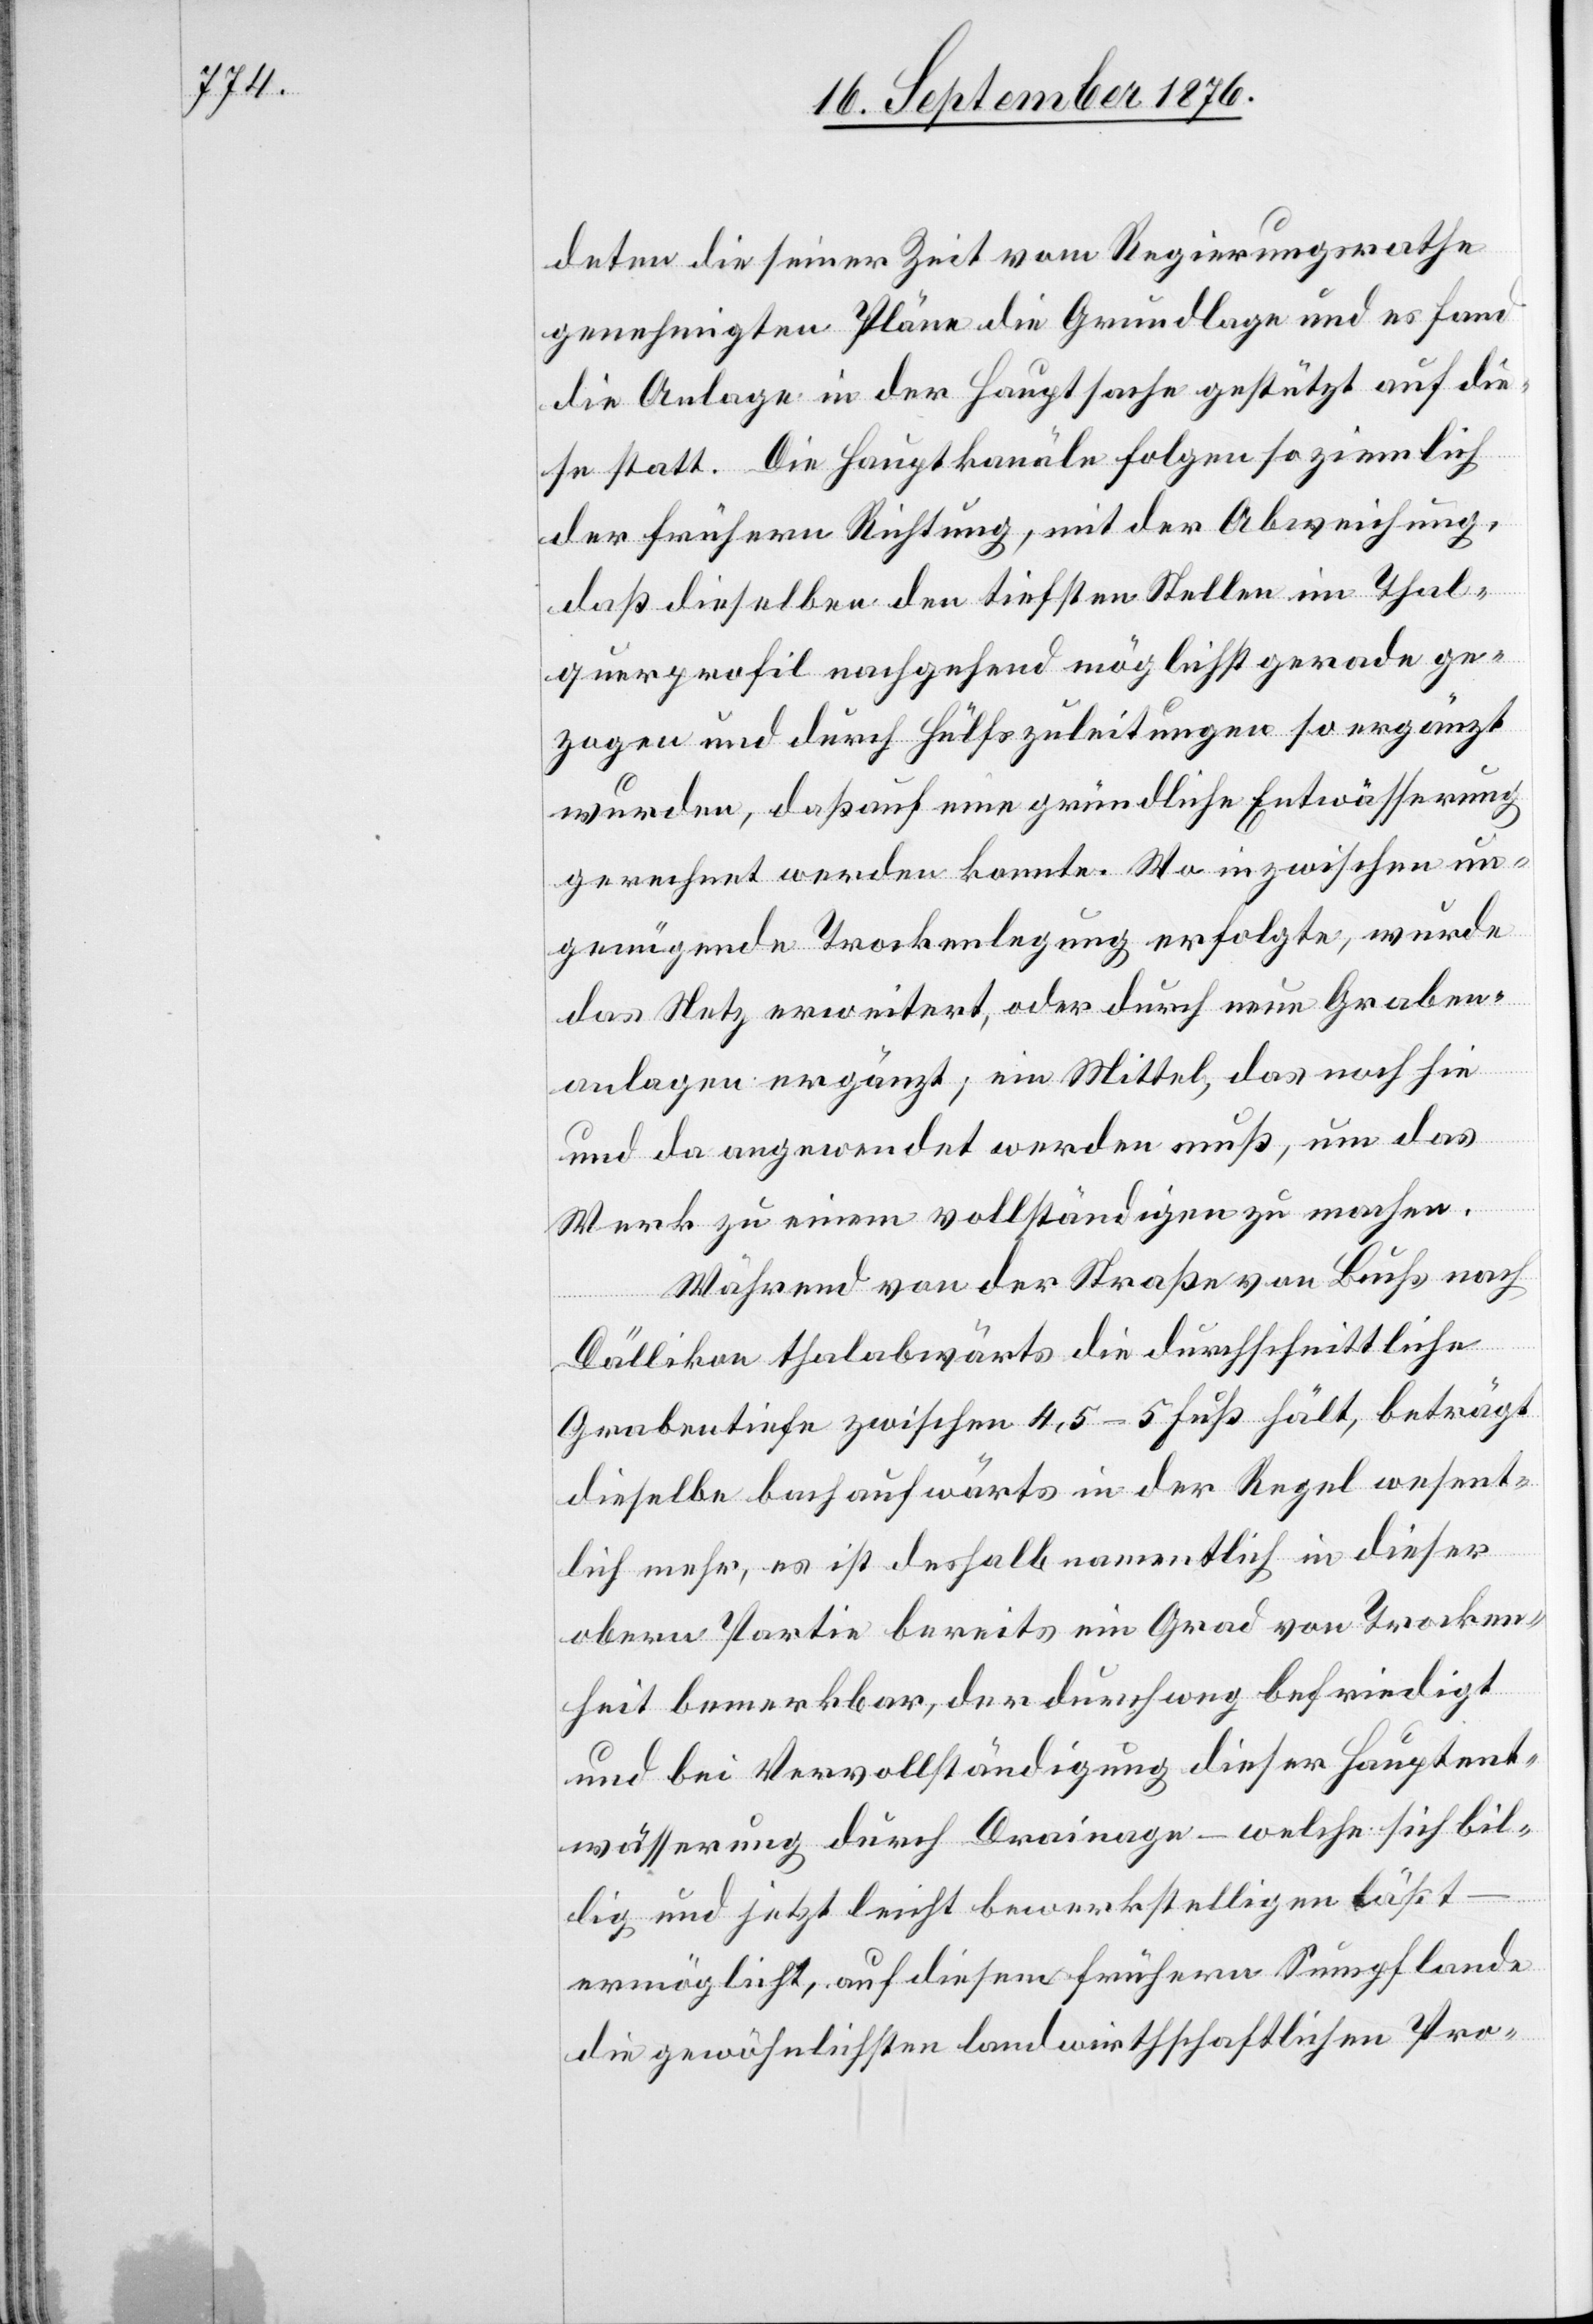
deten die seiner Zeit vom Regierungsrathe
genehmigten Pläne die Grundlage und es fand
die Anlage in der Hauptsache gestützt auf die¬
se statt. Die Hauptkanäle folgen so ziemlich
der frühern Richtung, mit der Abweichung,
daß dieselben den tiefsten Stellen im Thal¬
querprofil nachgehend möglichst gerade ge¬
zogen und durch Hülfszuleitungen so ergänz
wurden, daß auf eine gründliche Entwässerung
gerechnet werden konnte. Wo inzwischen un¬
genügende Trockenlegung erfolgte, wurde
das Netz erweitert, oder durch neue Graben¬
anlagen ergänzt; ein Mittel, das noch hin
und da angewendet werden muß, um das
Werk zu einem vollständigen zu machen.
Während von der Straße von Buchs nach
Dällikon thalabwärts die durchschnittliche
Grabentiefe zwischen 4,5–5 Fuß hält, beträgt
dieselbe bachaufwärts in der Regel wesent¬
lich mehr, es ist deshalb namentlich in dieser
obern Partie bereits ein Grad von Trocken¬
heit bemerkbar, der durchweg befriedigt
und bei Vervollständigung dieser Hauptent¬
wässerung durch Drainage – welche sich bil¬
lig und jetzt leicht bewerkstelligen läßt
ermöglicht, auf diesem frühern Sumpflande
die gewöhnlichsten landwirthschaftlichen Pro-